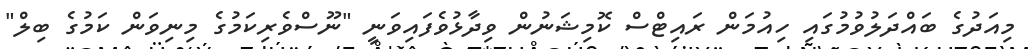
މިއަދުގެ ބައްދަލުވުމުގައި ހިއުމަން ރައިޓްސް ކޮމިޝަނުން ވިދާޅުވެފައިވަނީ "ނޫސްވެރިކަމުގެ މިނިވަން ކަމުގެ ބިލް"